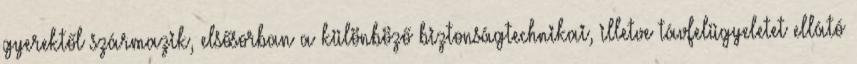
gyerektől származik, elsősorban a különböző biztonságtechnikai, illetve távfelügyeletet ellátó